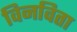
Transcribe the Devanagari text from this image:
विनविता